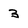
Character: 3